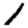
Digit: 1